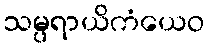
သမ္ပရာယိကံယေဝ